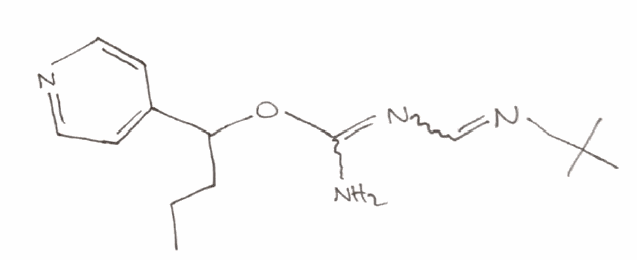
Simplified molecular-input line-entry system (SMILES) notation of the given molecule:
CCCC(C1=CC=NC=C1)OC(=NC=NC(C)(C)C)N